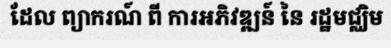
ដែល ព្យាករណ៍ ពី ការអភិវឌ្ឍន៍ នៃ រដ្ឋមជ្ឈិម